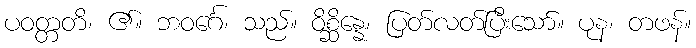
ပဝတ္တတိ၊ ၏။ ဘဝင်္ဂေ၊ သည်။ ဝိစ္ဆိန္နေ၊ ပြတ်လတ်ပြီးသော်။ ပုန၊ တဖန်။